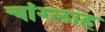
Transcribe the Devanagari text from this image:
चांग्लाह